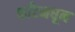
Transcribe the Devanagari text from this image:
फाँटमधून